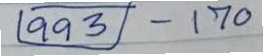
(993) - 170